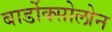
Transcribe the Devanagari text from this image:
बार्डोक्सोलोन